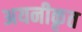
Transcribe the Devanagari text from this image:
अयनीकृत